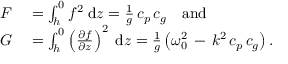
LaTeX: \begin{array} { r l } { F } & { { } = \int _ { h } ^ { 0 } f ^ { 2 } \; { \mathrm { d } } z = { \frac { 1 } { g } } \, c _ { p } \, c _ { g } \quad { \mathrm { a n d } } } \\ { G } & { { } = \int _ { h } ^ { 0 } \left( { \frac { \partial { f } } { \partial { z } } } \right) ^ { 2 } \; { \mathrm { d } } z = { \frac { 1 } { g } } \left( \omega _ { 0 } ^ { 2 } \, - \, k ^ { 2 } \, c _ { p } \, c _ { g } \right) . } \end{array}